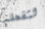
لتفعله